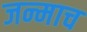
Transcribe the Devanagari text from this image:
जन्माच